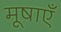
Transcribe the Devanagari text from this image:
मूषाएँ